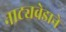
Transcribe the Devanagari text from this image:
नाट्यवेडाने